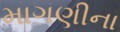
માગણીના